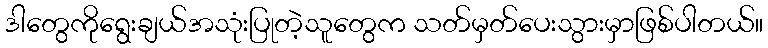
ဒါတွေကိုရွေးချယ်အသုံးပြုတဲ့သူတွေက သတ်မှတ်ပေးသွားမှာဖြစ်ပါတယ်။